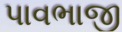
પાવભાજી